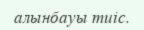
алынбауы тиіс.